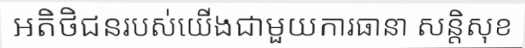
អតិថិជនរបស់យើងជាមួយការធានា សន្តិសុខ